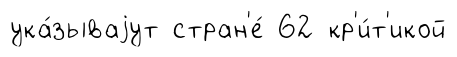
ука́зываjут стран'е́ 62 кр'и́т'икой